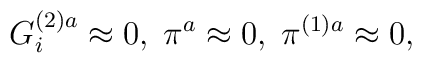
G_i^{(2)a}\approx 0,\;\pi ^a\approx 0,\;\pi ^{(1)a}\approx 0,